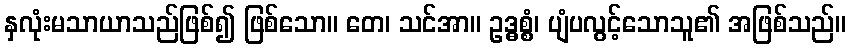
နှလုံးမသာယာသည်ဖြစ်၍ ဖြစ်သော။ တေ၊ သင်အာ။ ဥဒ္ဓစ္စံ၊ ပျံပလွင့်သောသူ၏ အဖြစ်သည်။